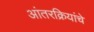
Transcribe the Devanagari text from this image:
आंतरक्रियांचे